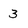
Character: 3